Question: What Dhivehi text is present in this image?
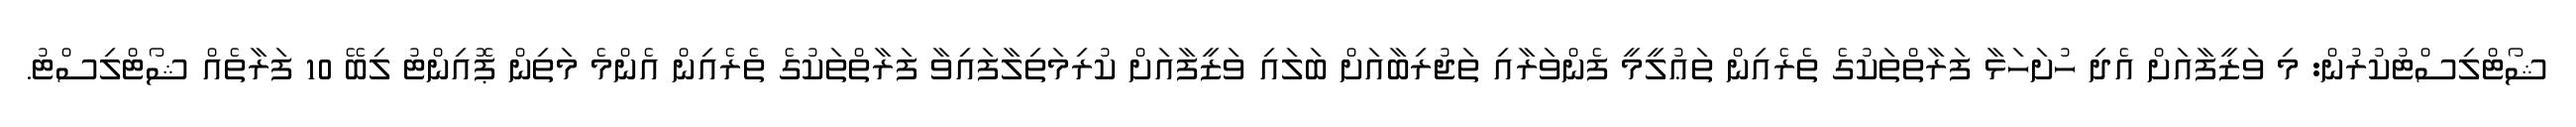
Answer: ޝޯޓްލިސްޓުކުރުން: މި ވަޒީފާއަށް އެދި ހުށަހަޅާ ފަރާތްތަކުގެ ތެރެއިން ތަޢުލީމީ ފެންވަރާއި ތަޖުރިބާއަށް ބަލައި ވަޒީފާއަށް ކުރިމަތިލާފައިވާ ފަރާތްތަކުގެ ތެރެއިން އެންމެ މަތިން ޕޮއިންޓު ލިބޭ 10 ފަރާތެއް ޝޯޓްލިސްޓު.